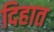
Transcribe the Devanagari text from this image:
दिहात